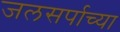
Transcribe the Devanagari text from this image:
जलसर्पाच्या